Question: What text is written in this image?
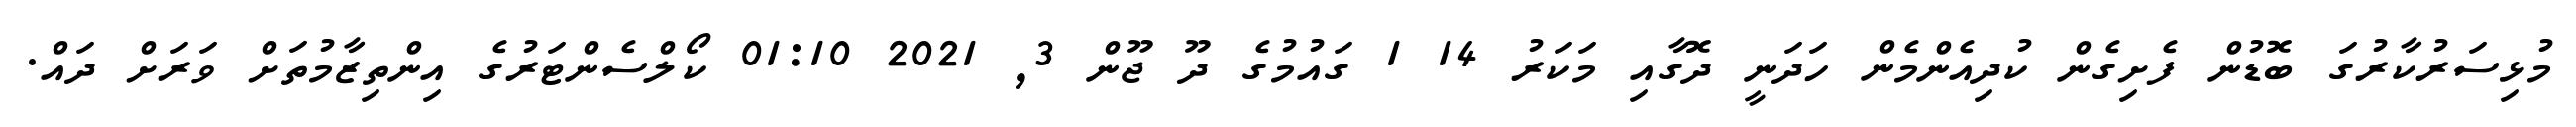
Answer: މުޅިސަރުކާރުގަ ބޮޑުން ފެށިގެން ކުދިއެންމެން ހަދަނީ ދޮގާއި މަކަރު 14 1 ގައުމުގެ ދޫ ޖޫން 3, 2021 01:10 ކޯލްސެންޓަރުގެ އިންތިޒާމުތަށް ވަރަށް ދައް.